Medical and sanitary report of the native army of Bengal for the year
Year: 1876
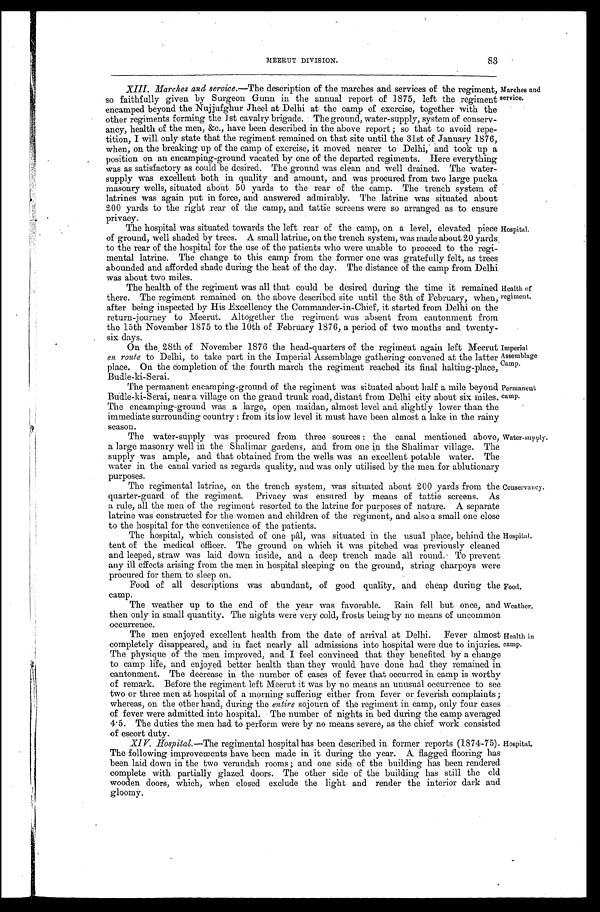
XIII. Marches and service.—The description of the marches and services of the regiment,
so faithfully given by Surgeon Gunn in the annual report of 1875, left the regiment
encamped beyond the Nujjufghur Jheel at Delhi at the camp of exercise, together with the
other regiments forming the 1st cavalry brigade. The ground, water-supply, system of conserv--
ancy, health of the men, &c., have been described in the above report ; so that to avoid repe--
tition, I will only state that the regiment remained on that site until the 31st of January 1876,
when, on the breaking up of the camp of exercise, it moved nearer to Delhi, and took up a
position on an encamping-ground vacated by one of the departed regiments. Here everything
was as satisfactory as could be desired. The ground was clean and well drained. The water-
supply was excellent both in quality and amount, and was procured from two large pucka
masonry wells, situated about 50 yards to the rear of the camp. The trench system of
latrines was again put in force, and answered admirably. The latrine was situated about
200 yards to the right rear of the camp, and tattie screens were so arranged as to ensure
privacy.
Marches and
service.
The hospital was situated towards the left rear of the camp, on a level, elevated piece
of ground, well shaded by trees. A small latrine, on the trench system, was made about 20 yards,
to the rear of the hospital for the use of the patients who were unable to proceed to the regi-
mental latrine. The change to this camp from the former one was gratefully felt, as trees
abounded and afforded shade during the heat of the day. The distance of the camp from Delhi
was about two miles.
The health of the regiment was all that could be desired during the time it remained
there. The regiment remained on the above described site until the 8th of February, when,
after being inspected by His Excellency the Commander-in-Chief, it started from Delhi on the
return-journey to Meerut. Altogether the regiment was absent from cantonment from
the 15th November 1875 to the 10th of February 1876, a period of two months and twenty-
six days.
Hospital.
Health of
regiment.
On the 28th of November 1876 the head-quarters of the regiment again left Meerut
en route to Delhi, to take part in the Imperial Assemblage gathering convened at the latter
place. On the Completion of the fourth march the regiment reached its final halting-place,
Budle-ki-Serai.
Imperial
Assemblage
Camp.
T h e p e r m a n e n t e n c a m p i n g - g r o u n d o f t h e r e g i m e n t w a s s i t u a t e d a b o u t h a l t a m i l e b e y o n d
Budle-ki-Serai, near a village on the grand trunk road, distant from Delhi city about six miles.
The encamping-ground was a large, open maidan, almost level and slightly lower than the
immediate surrounding country : from its low level it must have been almost a lake in the rainy
season.
The water-supply was procured from three sources : the canal mentioned above,
a large masonry well in the Shalimar gardens, and from one in the Shalimar village. The
supply was ample, and that obtained from the wells was an excellent potable water. The
water in the canal varied as regards quality, and was only utilised by the men for ablutionary
Purposes.
The regimental latrine, on the trench system, was situated about 200 yards from the
quarter-guard of the regiment. Privacy was ensured by means of tattie screens. As
a rule, all the men of the regiment resorted to the latrine for purposes of nature. A separate
latrine was constructed for the women and children of the regiment, and also a small one close
to the hospital for the convenience of the patients.
The hospital, which consisted of one pâl, was situated in the usual place, behind the
tent of the medical officer. The ground on which it was pitched was previously cleaned
and leeped, straw was laid down inside, and a deep trench made all round. To prevent
any ill effects arising from the men in hospital sleeping on the ground, string charpoys were
Procured for them to sleep on..
Food of all descriptions was abundant, of good quality, and cheap during the
camp.
Permanent
camp.
Water-supply.
Conservancy.
Hospital.
Food,
The weather up to the end of the year was favorable. Rain fell but once, and Weather.
then only in small quantity. The nights were very cold, frosts being by no means of uncommon
oc c ur r e nc e .
The men enjoyed excellent health from the date of arrival at Delhi. Fever almost
completely disappeared, and in fact nearly all admissions into hospital were due to injuries.
The physique of the men improved, and I feel convinced that they benefited by a change
to camp life, and enjoyed better health than they would have done had they remained in
cantonment. The decrease in the number of cases of fever that occurred in camp is worthy
of remark. Before the regiment left Meerut it was by no means an unusual occurrence to see
two or three men at hospital of a morning suffering either from fever or feverish complaints ;
whereas, on the other hand, during the entire sojourn of the regiment in camp, only four cases
of fever were admitted into hospital. The number of nights in bed during the camp averaged
4. 5. The duties the men had to perform were by no means severe, as the chief work consisted
of escort duty.
XIV. Hospital.—The regimental hospital has been described in former reports (1874-75).
The following improvements have been made in it during the year. A flagged flooring has
been laid down in the two verandah rooms ; and one side of the building has been rendered
complete with partially glazed doors. The other side of the building has still the old
wooden doors, which, when closed exclude the light and render the interior dark and
gloomy.
Health in
camp.
Hospital.